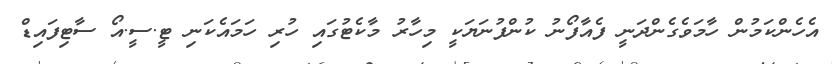
އެހެންކަމުން ހާމަވެގެންދަނީ ފެއާފޯނު ކުންފުނަޔަކީ މިހާރު މާކެޓުގައި ހުރި ހަމައެކަނި ޓީ.ސީ.އޯ ސާޓިފައިޑް